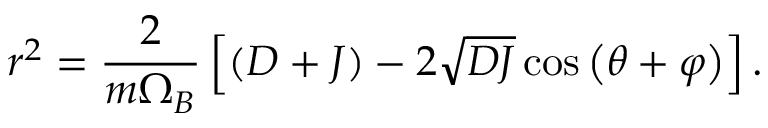
r ^ { 2 } = \frac { 2 } { m \Omega _ { B } } \left[ \left( D + J \right) - 2 \sqrt { D J } \cos \left( \theta + \varphi \right) \right] .